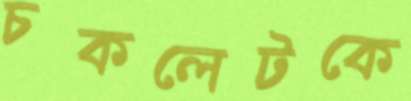
চকলেটকে